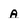
Character: a